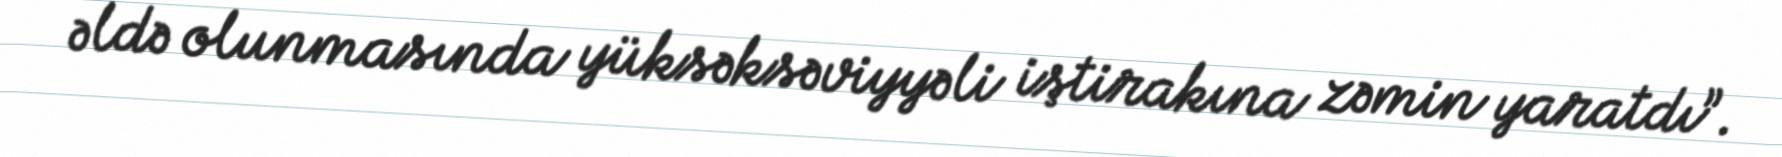
əldə olunmasında yüksəksəviyyəli iştirakına zəmin yaratdı”.